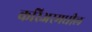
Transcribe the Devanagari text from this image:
करिअरमधील